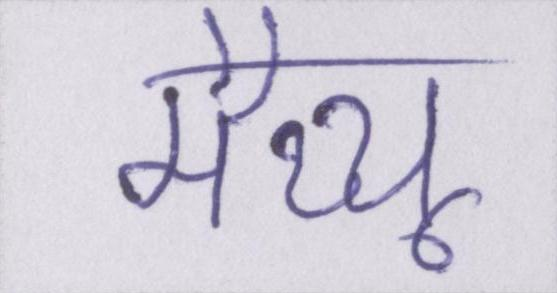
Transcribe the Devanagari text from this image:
मैथ्यू